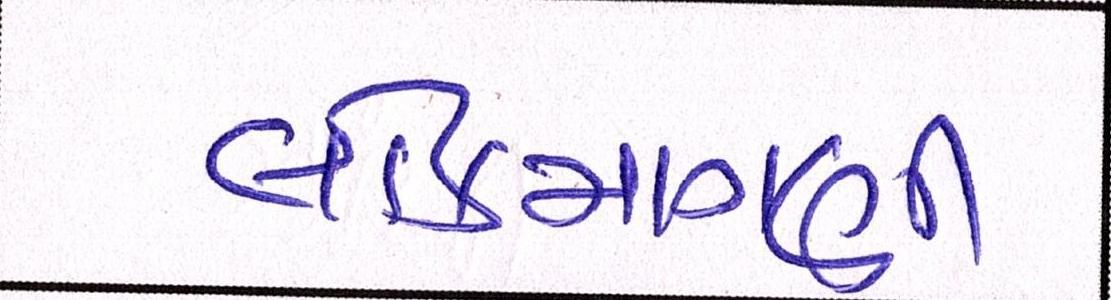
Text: લોકમાગણી